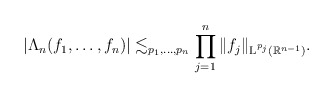
\begin{align*}|\Lambda_n(f_1,\dots,f_n)| \lesssim_{p_1,\ldots,p_n} \prod_{j=1}^n \|f_j\|_{\textup{L}^{p_j}(\mathbb{R}^{n-1})}.\end{align*}